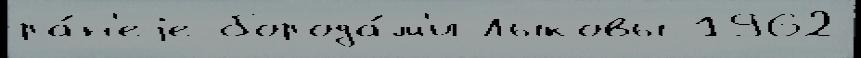
ра́н'еjе борода́м'и Лыковы 1962